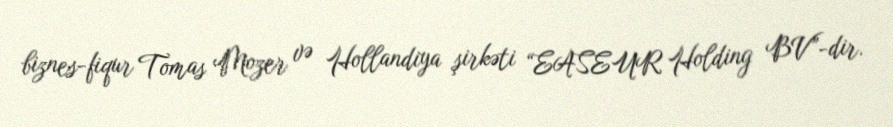
biznes-fiqur Tomas Mozer və Hollandiya şirkəti “EASEUR Holding BV”-dir.